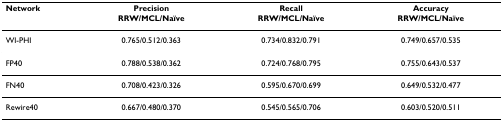
<table><thead><tr><td><b>Network</b></td><td><b>Precision</b></td><td><b>Recall</b></td><td><b>Accuracy</b></td></tr><tr><td></td><td><b>RRW/MCL/Naïve</b></td><td><b>RRW/MCL/Naïve</b></td><td><b>RRW/MCL/Naïve</b></td></tr></thead><tbody><tr><td>WI-PHI</td><td>0.765/0.512/0.363</td><td>0.734/0.832/0.791</td><td>0.749/0.657/0.535</td></tr><tr><td>FP40</td><td>0.788/0.538/0.362</td><td>0.724/0.768/0.795</td><td>0.755/0.643/0.537</td></tr><tr><td>FN40</td><td>0.708/0.423/0.326</td><td>0.595/0.670/0.699</td><td>0.649/0.532/0.477</td></tr><tr><td>Rewire40</td><td>0.667/0.480/0.370</td><td>0.545/0.565/0.706</td><td>0.603/0.520/0.511</td></tr></tbody></table>